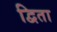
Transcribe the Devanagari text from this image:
द्विता